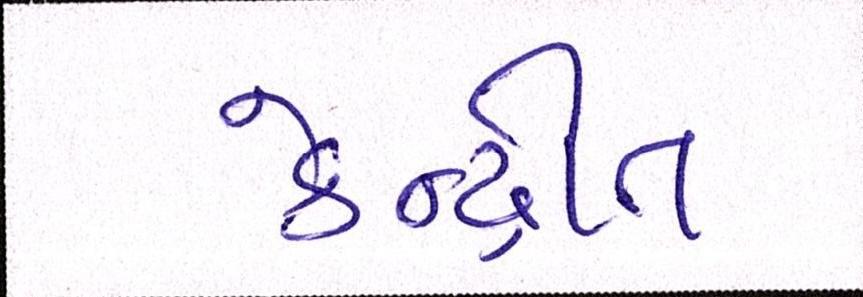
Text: કેન્દ્રીત